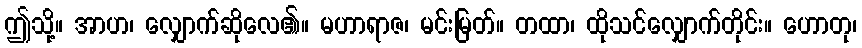
ဤသို့။ အာဟ၊ လျှောက်ဆိုလေ၏။ မဟာရာဇ၊ မင်းမြတ်။ တထာ၊ ထိုသင်လျှောက်တိုင်း။ ဟောတု၊